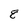
Character: 8